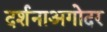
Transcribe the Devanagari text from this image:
दर्शनाअगोदर